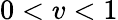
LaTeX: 0<v<1